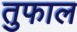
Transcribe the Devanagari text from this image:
तुफाल